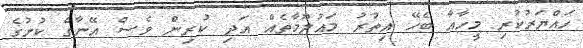
ހައްޔަރުކުރި މީހާއާ ބެހޭ އިތުރު މައުލޫމާތެއް އަދި ކުރިން ވެސް އޭނާގެ ކުށުގެ